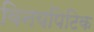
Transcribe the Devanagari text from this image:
विनयपिटिक